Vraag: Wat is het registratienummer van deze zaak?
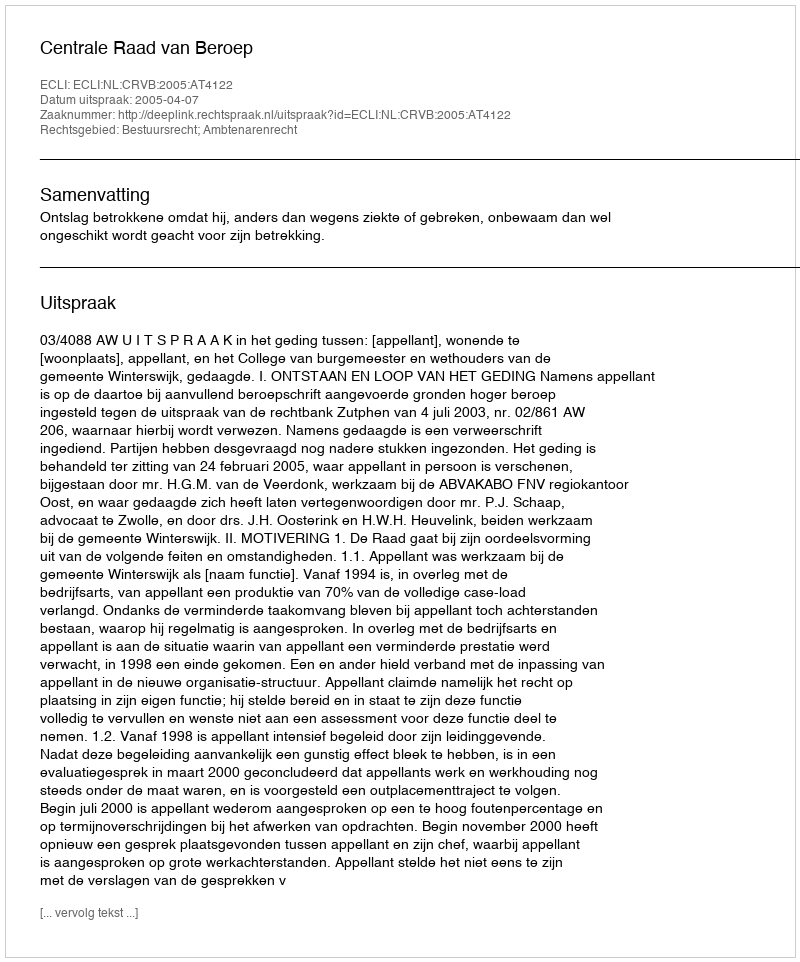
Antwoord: http://deeplink.rechtspraak.nl/uitspraak?id=ECLI:NL:CRVB:2005:AT4122